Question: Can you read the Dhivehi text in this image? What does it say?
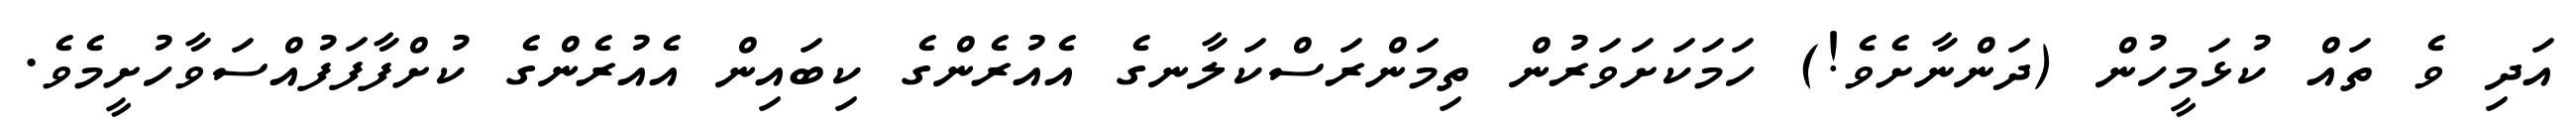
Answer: އަދި ވެ ތައް ކުޅަމީހުން (ދަންނާށެވެ!) ހަމަކަށަވަރުން ތިމަންރަސްކަލާނގެ އެއުރެންގެ ކިބައިން އެއުރެންގެ ކުށްފާފަފުއްސަވާހުށީމެވެ.